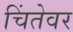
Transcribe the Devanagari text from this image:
चिंतेवर